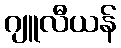
ဂျူလီယန်